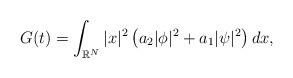
LaTeX: \begin{align*}\left.\begin{array}{ll}\displaystyle G(t)=\int_{\mathbb{R}^N}|x|^2\left(a_2|\phi|^2+a_1|\psi|^2\right)dx,\end{array}\right.\end{align*}